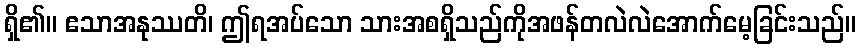
ရှိ၏။ ဧသာအနုဿတိ၊ ဤရအပ်သော သားအစရှိသည်ကိုအဖန်တလဲလဲအောက်မေ့ခြင်းသည်။